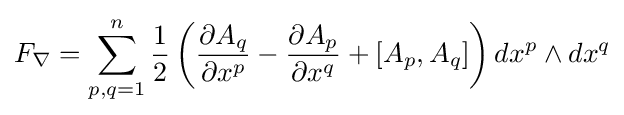
F_{\nabla }=\sum _{p,q=1}^{n}{\frac {1}{2}}\left({\frac {\partial A_{q}}{\partial x^{p}}}-{\frac {\partial A_{p}}{\partial x^{q}}}+[A_{p},A_{q}]\right)dx^{p}\wedge dx^{q}